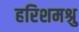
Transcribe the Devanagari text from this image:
हरिशमश्रु